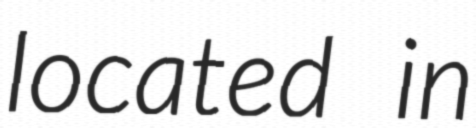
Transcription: located in